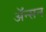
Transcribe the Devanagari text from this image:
अॅन्सन